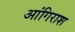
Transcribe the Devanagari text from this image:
आंगिराश